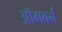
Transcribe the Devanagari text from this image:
ऑगबर्न